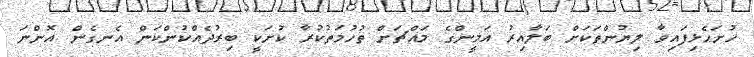
ހުށަހެޅިފައިވާ ލިޔުންތަކަށް ބަލާއިރު އަމީންގެ މައްޗަށް ތުހުމަތުކުރާ ކުށަކީ ބިރުދެއްކުންކަން އެނގެން އޮންނަ